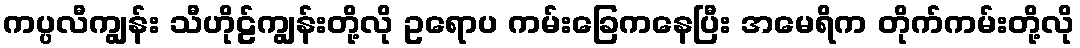
ကပ္ပလီကျွန်း သီဟိုဠ်ကျွန်းတို့လို ဥရောပ ကမ်းခြေကနေပြီး အမေရိက တိုက်ကမ်းတို့လို